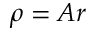
\boldsymbol \rho = A \boldsymbol r